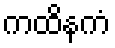
ကထိနကံ